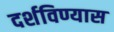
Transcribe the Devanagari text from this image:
दर्शविण्यास